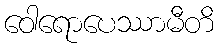
ဝေါရောပေဿာမီတိ